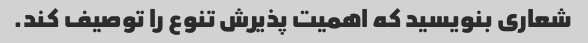
شعاری بنویسید که اهمیت پذیرش تنوع را توصیف کند.